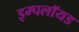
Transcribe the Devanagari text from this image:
इम्पलॉयड